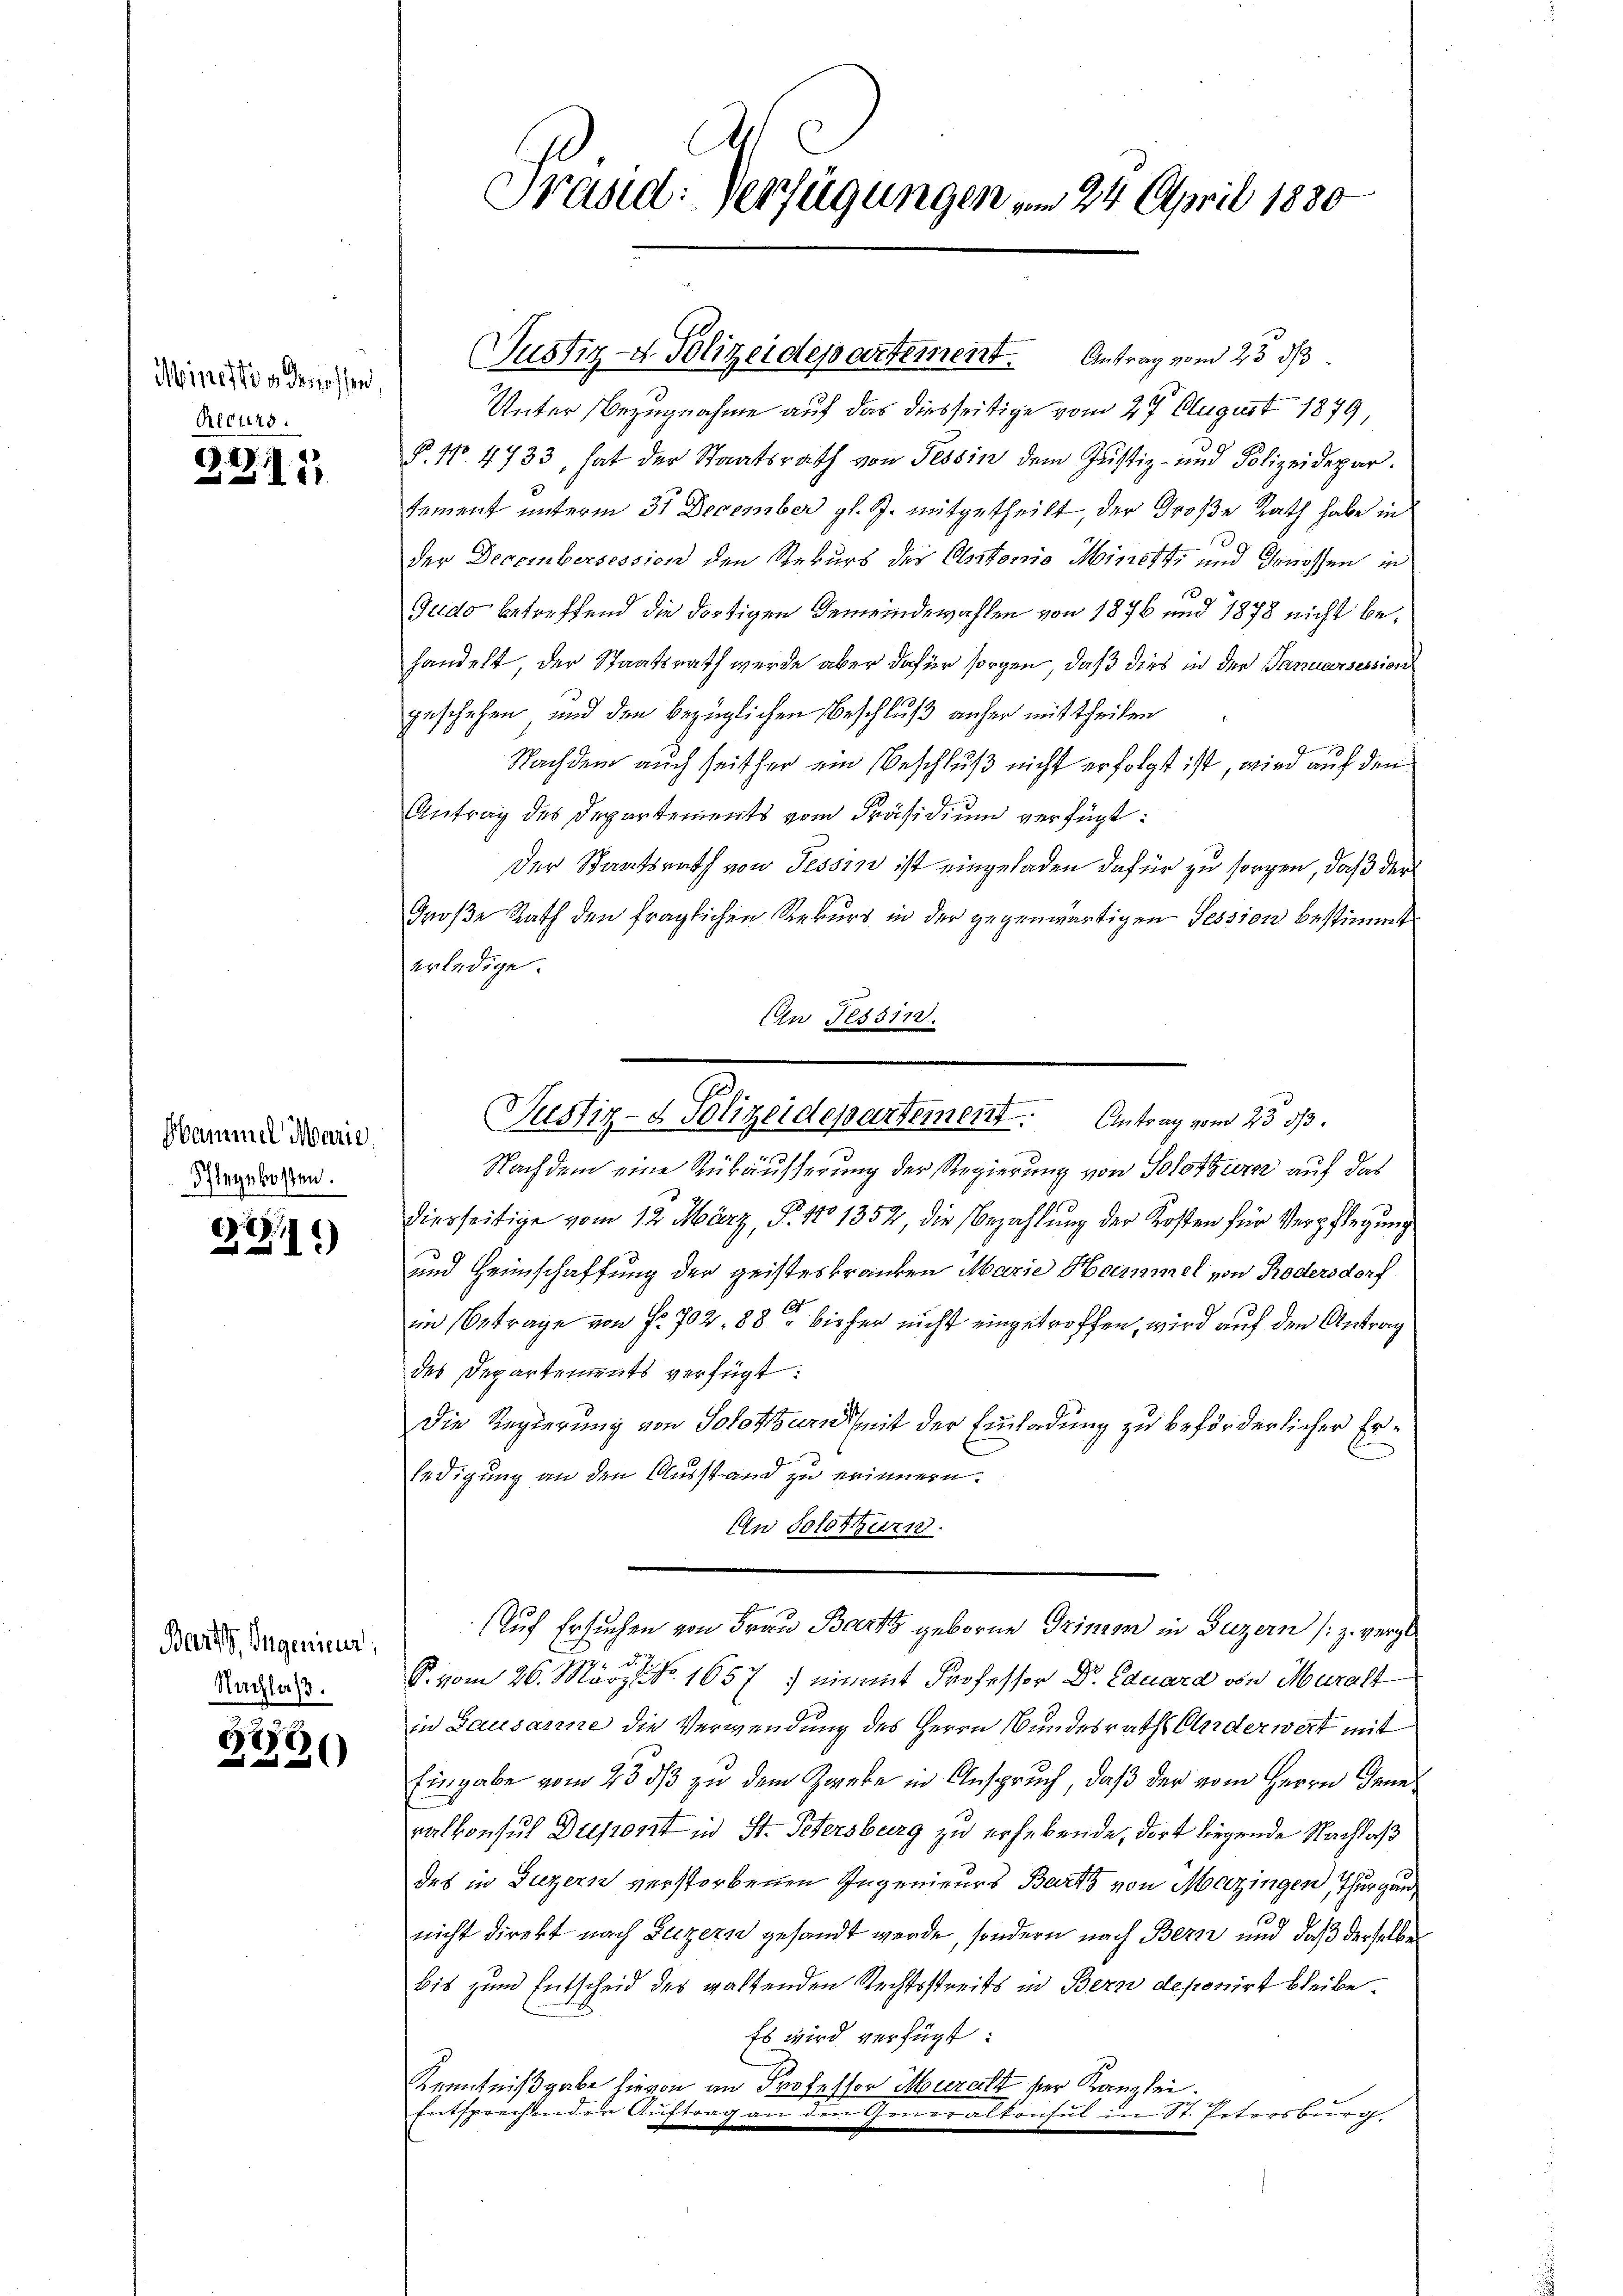
Mineftig deniessen
Recurs.

22111

Hammel Marie
Pflegekosten.

1
11)

Barth, Ingenieur;
Nachlaß.

666)
e

Präsid. Verfügungen vom 24. April 1830

Unter Bezugnahme auf das diesseitige vom 27. August 1879,
P. Nr. 4733, hat der Staatsrath von Tessin dem Justiz- und Polizeidepar
tement unterm 31 December gl. R. mitgetheilt, der Große Rath habe in
der Decembersession den Rekurs der Olsstonio Minetti und Genossen in
.
Gudo betreffend die dortigen Gemeindewahlen von 1876 und 1878 nicht behandelt der Staatsrath werde aber dafür sorgen, daß dies in der Januarsession
geschehen, und den bezüglichen Beschluß anher mittheilen
Nachdem auch seither ein Beschluß nicht erfolgt ist, wird auf den
Antrag des Departements vom Präsidium verfügt:
Der Staatsrath von Tessin ist eingeladen dafür zu sorgen, daß der
Große Rath den fraglichen Rekurs in der gegenwärtigen Tession bestimmt
erledige.
An Tessin.
Nachdem eine Rükäusserung der Regierung von Solothurn auf das
dierseitige vom 12. März, S. 110 1352 die Bezahlung der Kosten für Verpflegung
und Heimschaffung der geisteskranken Marie Hammel von Rodersdorf
im Betrage von fr. 702, 88 bisher nicht eingetroffen, wird auf den Antrag
des Departements verfügt:
Die Regierung von Solothurn mit der Einladung zu beförderlicher Er¬
.
ledigung an den Ausstand zu erinnern.
An Solothurn.
f
Auf Ersuchen von Frau Bart geborene Trinim in Luzern (z. vergle
S. vom 26. März d. 1657 nimmt Professor Dr. Eduard von Muralt
in Lausanne die Verwendung des Herrn Bundesraths Anderwert mit
Eingabe vom 23 dß zu dem Zweke in Anspruch, daß der vom Herrn Generalkonsul Drefront in St. Petersburg zu erhebende, dort liegende Nachlaß
des in Luzern verstorbenen Ingenieurs Barts von Mezingen, Thurgau
nicht direkt nach Luzern gesandt werde, sondern nach Bern und daß derselben
bis zum Entscheid des waltenden Rechtsstreits in Bern deponirt bleibe
Es wird verfügt:
Kenntnißgabe hievon an Professor Muralt der Kanzlei.
Entsprechenden Auftrag an den Generalkonsul in St. Petersburg,

Justiz- & Polizeidepartement. Antrag vom 23. ds

Testiz- & Polizeidepartement. Antrag vom 23. ds.